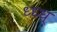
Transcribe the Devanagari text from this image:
ध्ध्ध्